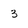
Character: 3